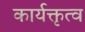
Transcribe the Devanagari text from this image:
कार्यक्तृत्व